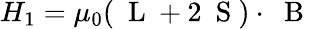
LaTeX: H_{1}=\mu_{0}(\mathrm{~\mathbf~L~}+2\mathrm{~\mathbf~S~})\cdot\mathrm{~\mathbf~B~}